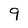
Character: 9